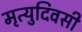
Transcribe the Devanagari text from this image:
मृत्युदिवसी